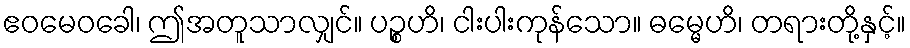
ဧဝမေဝခေါ၊ ဤအတူသာလျှင်။ ပဉ္စဟိ၊ ငါးပါးကုန်သော။ ဓမ္မေဟိ၊ တရားတို့နှင့်။